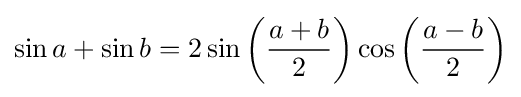
\sin a+\sin b=2\sin \left({a+b \over 2}\right)\cos \left({a-b \over 2}\right)